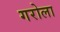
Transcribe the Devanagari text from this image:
गरोला